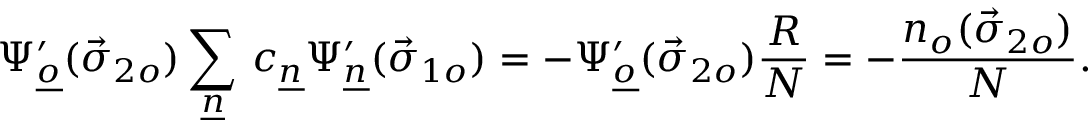
\Psi _ { \underline { { { o } } } } ^ { \prime } ( \vec { \sigma } _ { 2 o } ) \sum _ { \underline { { { n } } } } \, c _ { \underline { { { n } } } } \Psi _ { \underline { { { n } } } } ^ { \prime } ( \vec { \sigma } _ { 1 o } ) = - \Psi _ { \underline { { { o } } } } ^ { \prime } ( \vec { \sigma } _ { 2 o } ) \frac { R } { \cal N } = - \frac { n _ { o } ( \vec { \sigma } _ { 2 o } ) } { \cal N } .